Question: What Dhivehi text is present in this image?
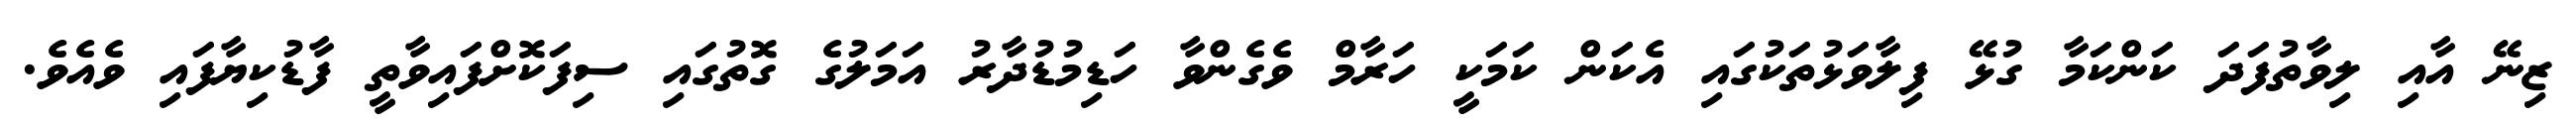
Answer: ޒިނޭ އާއި ލިވާތުފަދަ ކަންކަމާ ގުޅޭ ފިލާވަޅުތަކުގައި އެކަން ކަމަކީ ހަރާމް ވެގެންވާ ހަޑިމުޑުދާރު އަމަލުގެ ގޮތުގައި ސިފަކޮށްފައިވާތީ ފާޑުކިޔާފައި ވެއެވެ.